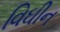
વિઘીન